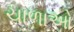
ચાળાઓ